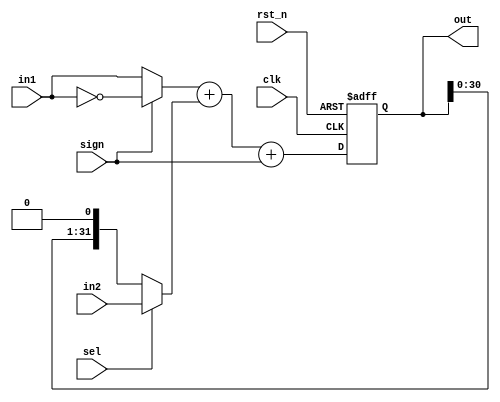
module b16_loom_AC2 (
  input clk,
  input rst_n, 
// in1, in2
  input [19:0] in1,
  input [31:0] in2,
  input sign,
  input sel,
// output 
  output [31:0] out
);

wire [19:0] sign_in1;
assign sign_in1 = (sign == 1'b1) ? ~in1 : in1;
wire [31:0] sel_in2;
assign sel_in2 = (sel == 1'b1) ? in2 : out<<1 ;

reg [31:0] out;
always @ (posedge clk or negedge rst_n) begin
	if (rst_n == 1'b0) begin
		out		<= 32'b0;
	end else begin
		out		<= sign_in1 + sel_in2 + sign;
	end
end

endmodule